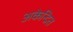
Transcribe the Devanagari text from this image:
अकेन्द्रित